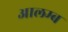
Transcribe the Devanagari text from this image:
आलम्ब